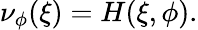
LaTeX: \begin{array}{r}{\nu_{\phi}(\xi)=H(\xi,\phi).}\end{array}